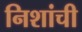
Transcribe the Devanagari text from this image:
निशांची